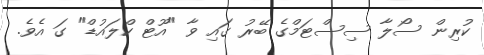
ކުރިން ސޯލާ ސިސްޓަމްގެ ބޭރު ގައި ވާ "އޫޓް ކްލައުޑް" ގަ އެވެ.